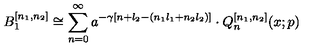
B _ { 1 } ^ { [ n _ { 1 } , n _ { 2 } ] } \cong \sum _ { n = 0 } ^ { \infty } a ^ { - \gamma [ n + l _ { 2 } - ( n _ { 1 } l _ { 1 } + n _ { 2 } l _ { 2 } ) ] } \cdot Q _ { n } ^ { [ n _ { 1 } , n _ { 2 } ] } ( x ; p )